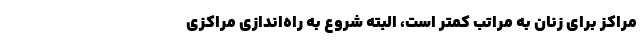
مراکز برای زنان به مراتب کمتر است، البته شروع به راه‌اندازی مراکزی